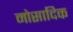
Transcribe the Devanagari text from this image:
मोसादिक